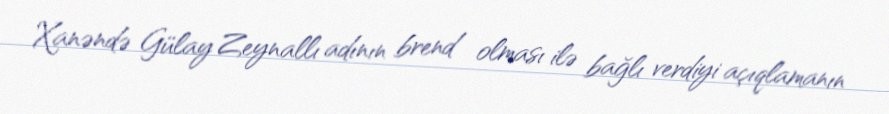
Xanəndə Gülay Zeynallı adının brend olması ilə bağlı verdiyi açıqlamanın